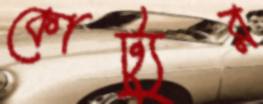
কোট্যুর